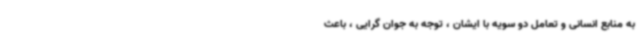
به منابع انسانی و تعامل دو سویه با ایشان ، توجه به جوان گرایی ، باعث